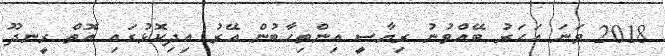
2018 ވަނަ އަހަރު ބޭއްވުނު ރިޔާސީ އިންތިހާބުން އޭރު އިދިކޮޅުގައި އޮތް ރީނދޫ